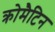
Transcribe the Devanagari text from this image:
क्रोमैटिन